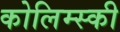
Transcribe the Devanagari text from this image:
कोलिम्स्की